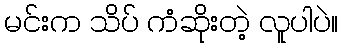
မင်းက သိပ် ကံဆိုးတဲ့ လူပါပဲ။